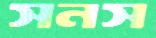
সনস